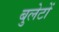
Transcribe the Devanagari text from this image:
बुलेटों